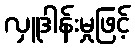
လှူဒါန်းမှုဖြင့်